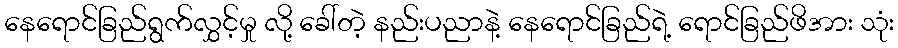
နေရောင်ခြည်ရွက်လွှင့်မှု လို့ ခေါ်တဲ့ နည်းပညာနဲ့ နေရောင်ခြည်ရဲ့ ရောင်ခြည်ဖိအား သုံး